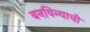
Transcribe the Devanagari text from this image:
बनविन्याची